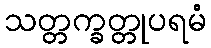
သတ္တက္ခတ္တုပရမံ